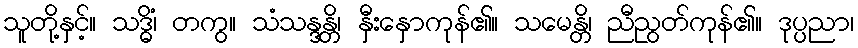
သူတို့နှင့်။ သဒ္ဓိံ၊ တကွ။ သံသန္ဒန္တိ၊ နှီးနှောကုန်၏။ သမေန္တိ၊ ညီညွတ်ကုန်၏။ ဒုပ္ပညာ၊